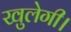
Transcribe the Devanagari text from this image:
खुलेगी।